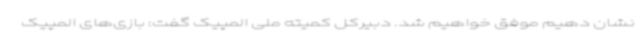
نشان دهیم موفق خواهیم شد. دبیرکل کمیته ملی المپیک گفت: بازی‌های المپیک